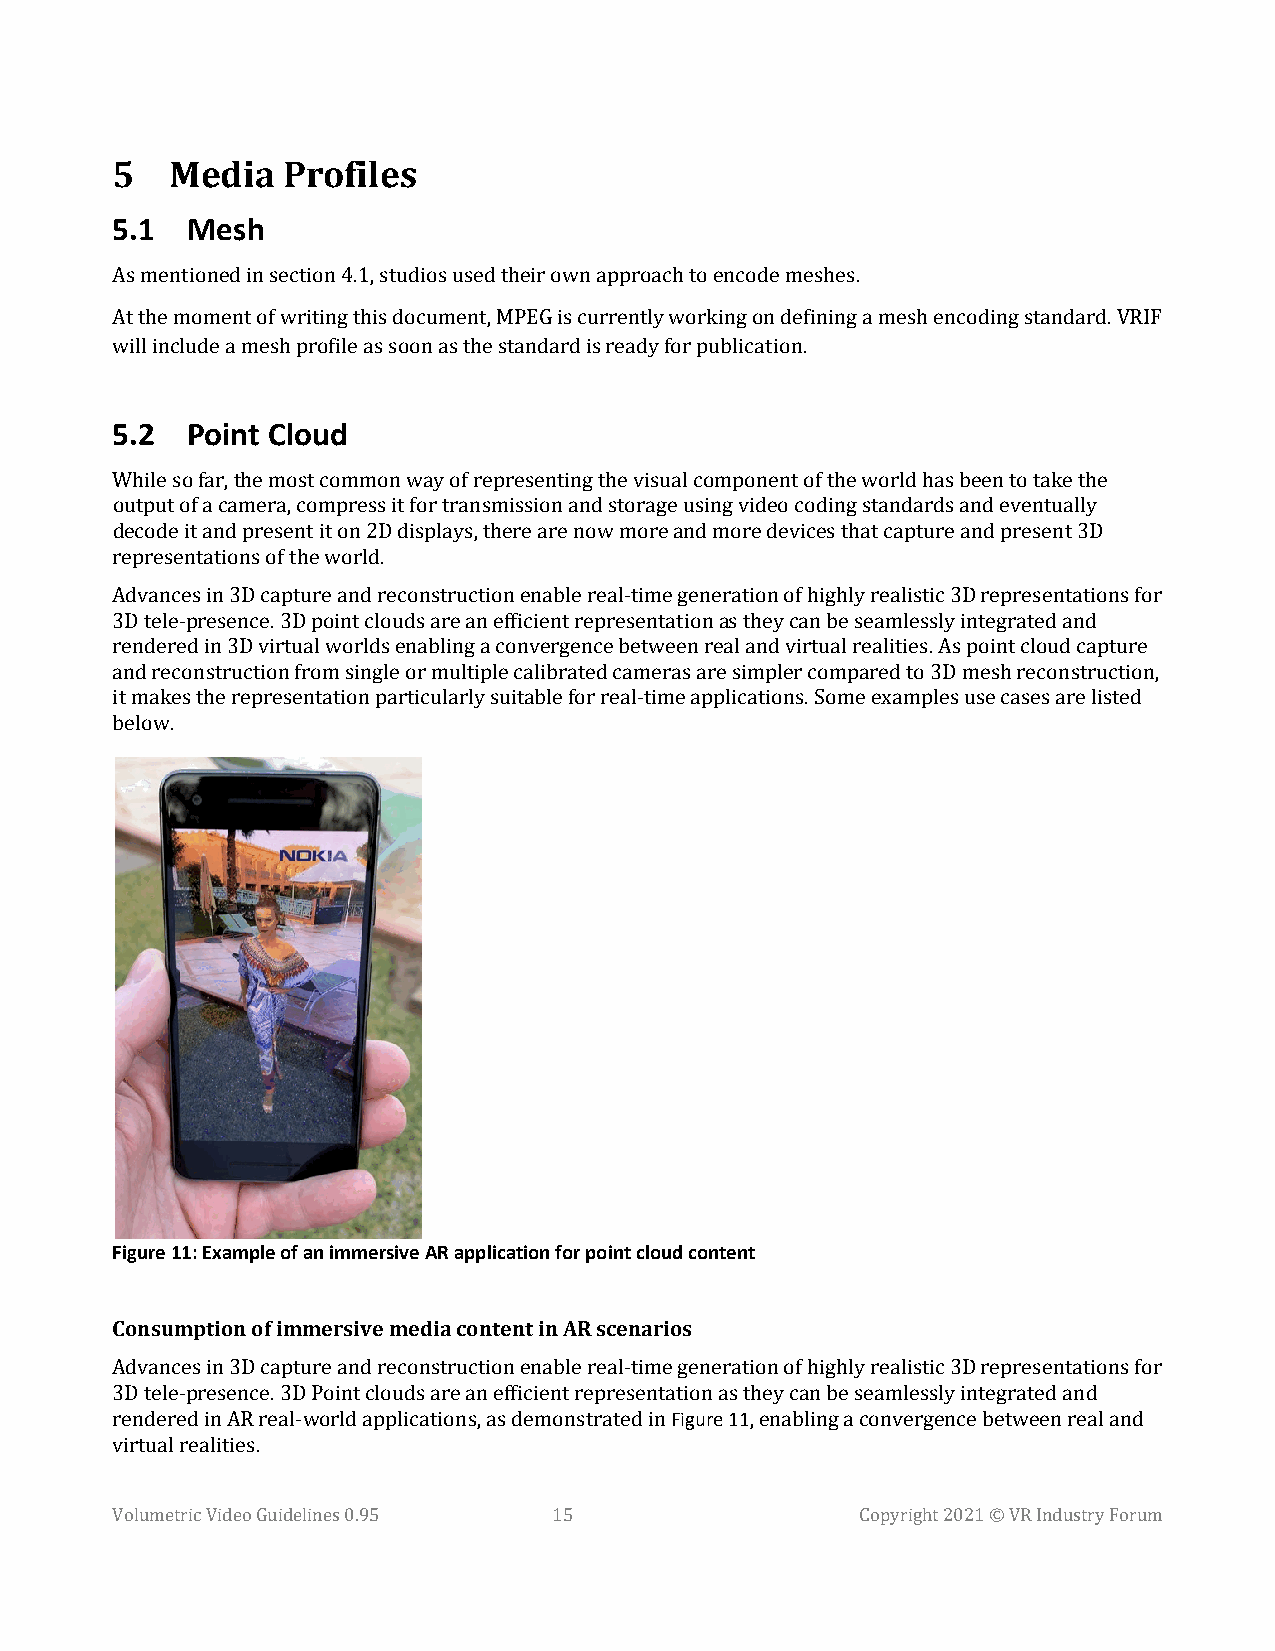
5   Media   Profiles
 5.1  Mesh
 As mentioned in section 4.1, studios used their own approach to encode meshes.
 At the moment of writing this document, MPEG is currently working on defining a mesh encoding standard. VRIF
 will include a mesh profile as soon as the standard is ready for publication.
 5.2  Point Cloud
 While so far, the most common way of representing the visual component of the world has been to take the
 output of a camera, compress it for transmission and storage using video coding standards and eventually
 decode it and present it on 2D displays, there are now more and more devices that capture and present 3D
 representations of the world.
 Advances in 3D capture and reconstruction enable real-time generation of highly realistic 3D representations for
 3D tele-presence. 3D point clouds are an efficient representation as they can be seamlessly integrated and
 rendered in 3D virtual worlds enabling a convergence between real and virtual realities. As point cloud capture
 and reconstruction from single or multiple calibrated cameras are simpler compared to 3D mesh reconstruction,
 it makes the representation particularly suitable for real-time applications. Some examples use cases are listed
 below.
 Figure 11: Example of an immersive AR application for point cloud content
 Consumption of immersive media content in AR scenarios
 Advances in 3D capture and reconstruction enable real-timeF gigeunreer 1a1tion of highly realistic 3D representations for
 3D tele-presence. 3D Point clouds are an efficient representation as they can be seamlessly integrated and
 rendered in AR real-world applications, as demonstrated in , enabling a convergence between real and
 virtual realities.
 Volumetric Video Guidelines 0.95 15               Copyright 2021 © VR Industry Forum